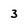
Character: 3